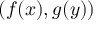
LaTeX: ( f ( x ) , g ( y ) )